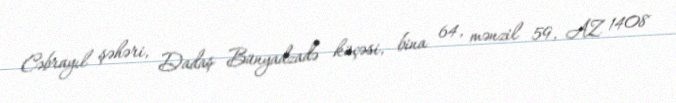
Cəbrayıl şəhəri, Dadaş Bünyadzadə küçəsi, bina 64, mənzil 59, AZ 1408